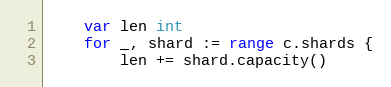
Language: Go
	var len int
	for _, shard := range c.shards {
		len += shard.capacity()